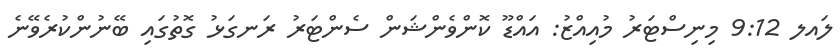
ލައލ 9:12 މިނިސްޓަރު މުއިއްޒު: އައްޑޫ ކޮންވެންޝަން ސެންޓަރު ރަނގަޅު ގޮތުގައި ބޭނުންކުރެވޭނެ